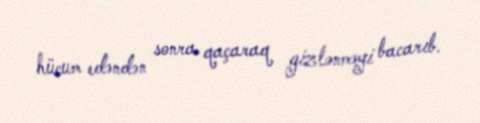
hücum edəndən sonra qaçaraq gizlənməyi bacarıb.